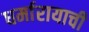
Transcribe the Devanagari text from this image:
धर्मारायाची